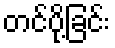
တင်ပို့ခြင်း